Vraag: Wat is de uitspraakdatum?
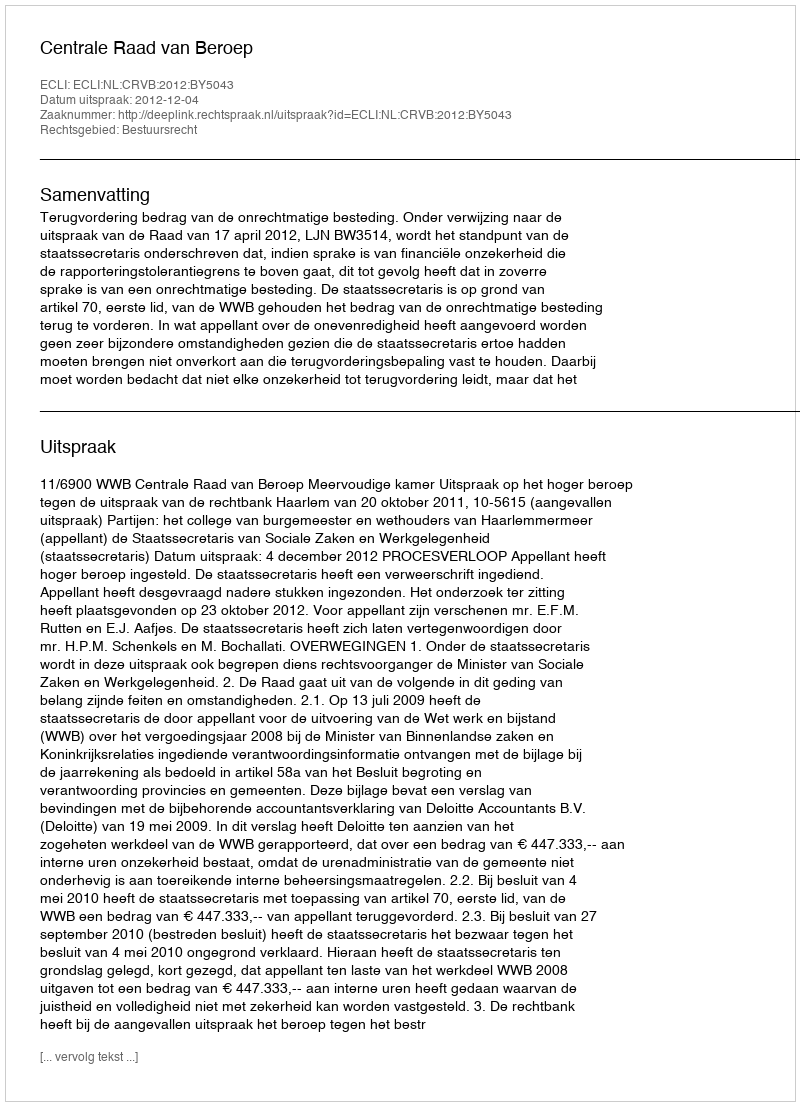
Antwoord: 2012-12-04